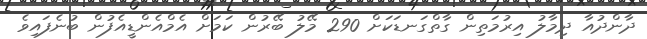
ދާންދުއާ ދިމާލު އިރުމަތިން ގާތްގަނޑަކަށް 290 މޭލު ބޭރުން ކަމަށް އެމްއެންޑީއެފުން ބުނެފައިވެ